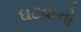
ઘટવાનો